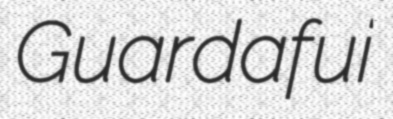
Guardafui